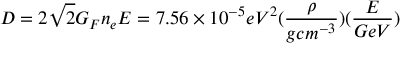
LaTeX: D = 2 \sqrt { 2 } G _ { F } n _ { e } E = 7 . 5 6 \times 1 0 ^ { - 5 } e V ^ { 2 } ( \frac { \rho } { g c m ^ { - 3 } } ) ( \frac { E } { G e V } )